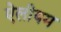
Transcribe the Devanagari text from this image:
ऐलीयम